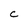
Character: c